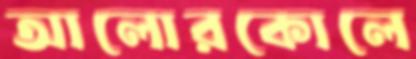
আলোরকোলে